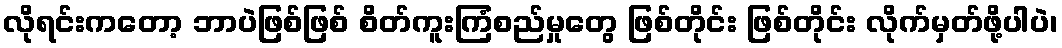
လိုရင်းကတော့ ဘာပဲဖြစ်ဖြစ် စိတ်ကူးကြံစည်မှုတွေ ဖြစ်တိုင်း ဖြစ်တိုင်း လိုက်မှတ်ဖို့ပါပဲ၊